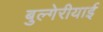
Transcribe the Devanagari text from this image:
बुल्गेरीयाई